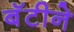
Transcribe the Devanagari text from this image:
बॅटीने